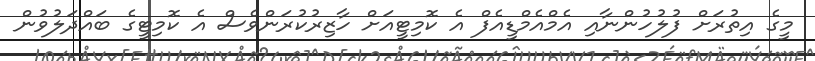
މީގެ އިތުރަށް ފުލުހުންނާއި އެމްއެމްޑީއެފް އެ ކޮމިޓީއަށް ހާޒިރުކުރަންވެސް އެ ކޮމިޓީގެ ބައްދަލުވުން